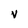
Character: v